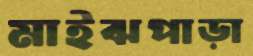
মাইঝপাড়া